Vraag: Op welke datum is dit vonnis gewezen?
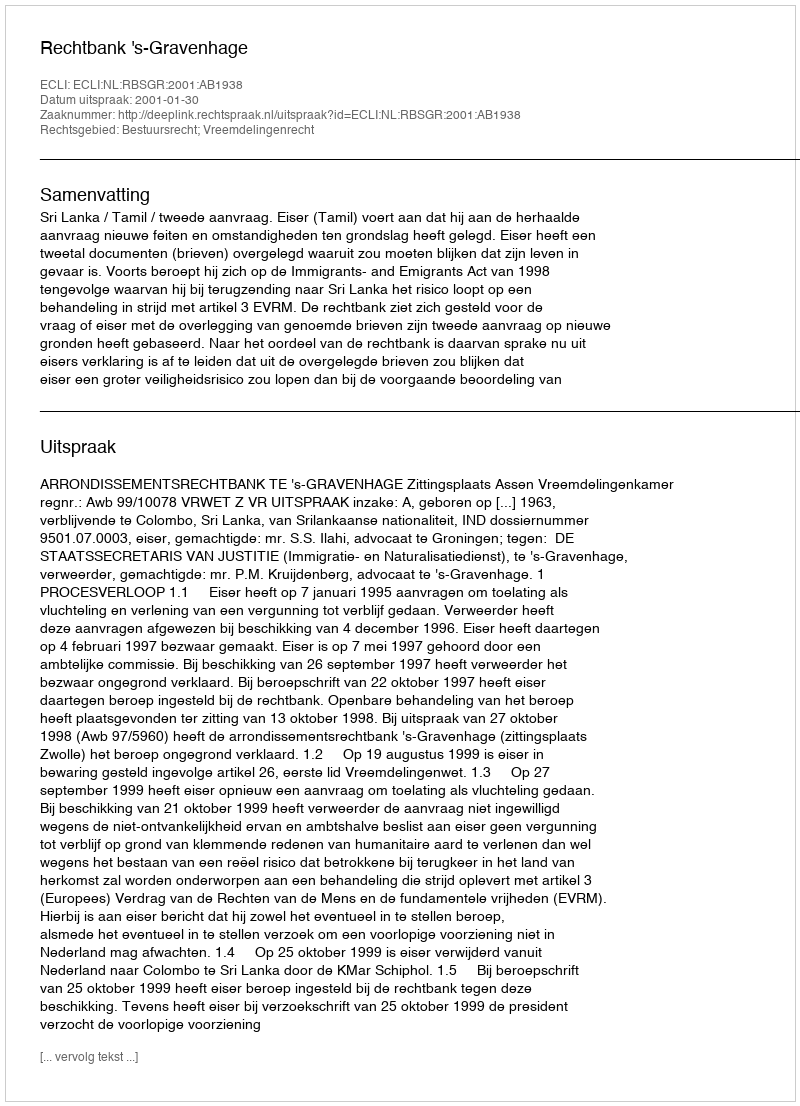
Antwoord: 2001-01-30